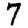
Digit: 7